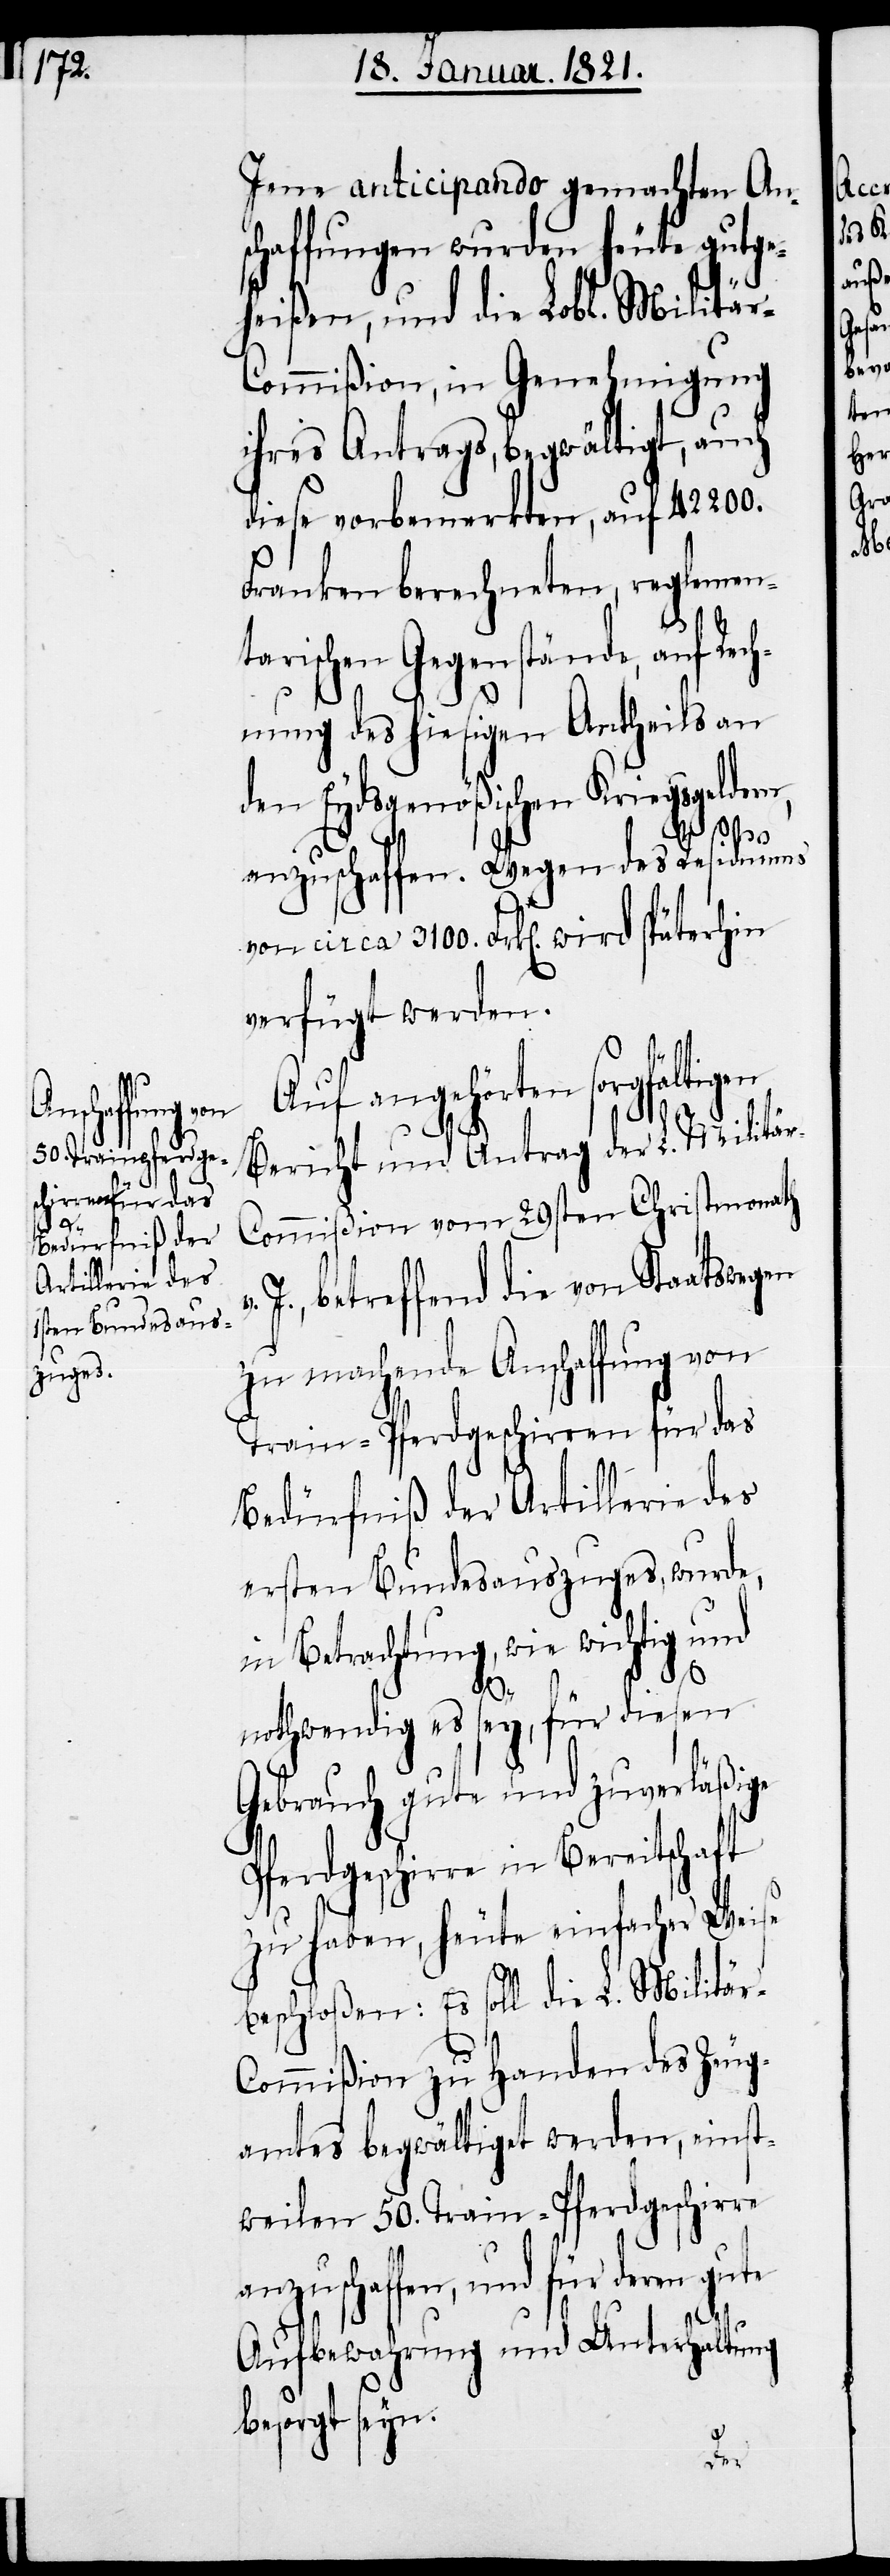
Jene anticipando gemachten An¬
schaffungen wurden heute gutge¬
heißen, und die Lobl. Militä¬
r-Commißion, in Genehmigung
ihres Antrages, begwältigt, auch
diese vorbemeldten, auf 42 200.
Franken berechneten, reglemen¬
arischen Gegenstände, auf
hnung des hiesigen Antheils an
den Eydsgenößischen Kriegsgeldern,
t¬
anzuschaffen. Wegen des Residuums
verfügt werden.
Auf angehörten sorgfältigen
Bericht und Antrag der L. Militä¬
r-Commißion vom 29sten Christmonath
J. betreffend die von Staatswegen
zu machende Anschaffung
Train-Pferdgeschirren für das
Bedürfniß der Artillerie des
ersten Bundesauszuges, wurde,
in Betrachtung, wie wichtig und
3100.
nothwendig es sey, für diesen
Gebrauch gute und zuverläßige
Pferdgeschirre in Bereitschaft
zu haben, heute einfacher Weiser
beschloßen: Es soll die L. Militär-C¬
ommißion zu Handen des Zeug¬
amtes begwältigt werden, einst¬
weilen 50. Train-Pferdgeschirre
anzuschaffen, und für
Aufbewahrung und Unterhaltung
besorgt seyn.
Rec¬